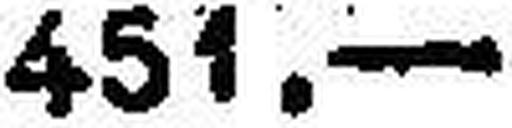
451.—